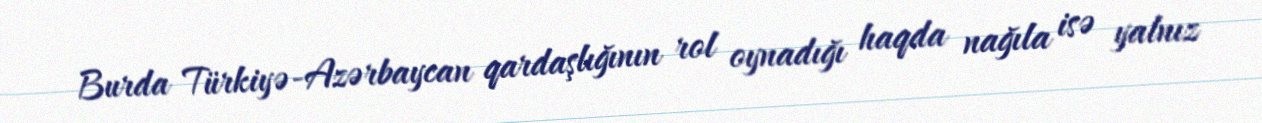
Burda Türkiyə-Azərbaycan qardaşlığının rol oynadığı haqda nağıla isə yalnız